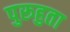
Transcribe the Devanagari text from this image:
पुरूहुता